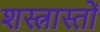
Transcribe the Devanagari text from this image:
शस्त्रास्तों